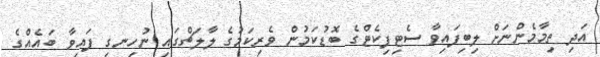
އަދި ތިމާމެންނަށް ލިބިފައިވާ ސެޓިފިކެޓްގެ ބޮޑުކަމުން ވެރިކަމުގެ ލާލަޗްގައި ނުހިނގި ފައިވާ ބައެއްގެ